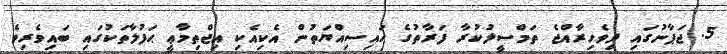
5. ޖަޕާނުގައި ދިވެހިރާއްޖެ ތަމްސީލުކުރާ ފަރާތުގެ ހައިސިއްޔަތުން އެކިއެކި އިޖްތިމާޢީ ޙަފުލާތަކުގައި ބައިވެރިވެ